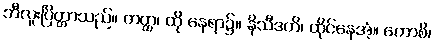
ဘီလူးပြိတ္တာသည်။ တတ္ထ၊ ထို နေရာ၌။ နိသီဒတိ၊ ထိုင်နေအံ့။ ကောစိ၊